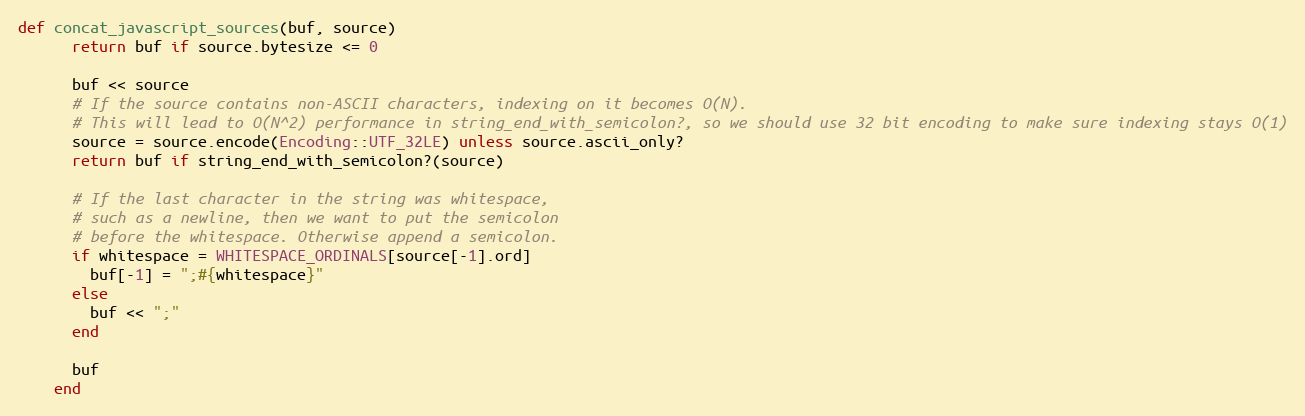
Language: Ruby
def concat_javascript_sources(buf, source)
      return buf if source.bytesize <= 0

      buf << source
      # If the source contains non-ASCII characters, indexing on it becomes O(N).
      # This will lead to O(N^2) performance in string_end_with_semicolon?, so we should use 32 bit encoding to make sure indexing stays O(1)
      source = source.encode(Encoding::UTF_32LE) unless source.ascii_only?
      return buf if string_end_with_semicolon?(source)

      # If the last character in the string was whitespace,
      # such as a newline, then we want to put the semicolon
      # before the whitespace. Otherwise append a semicolon.
      if whitespace = WHITESPACE_ORDINALS[source[-1].ord]
        buf[-1] = ";#{whitespace}"
      else
        buf << ";"
      end

      buf
    end